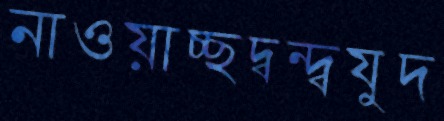
নাওয়াচ্ছদ্বন্দ্বযুদ